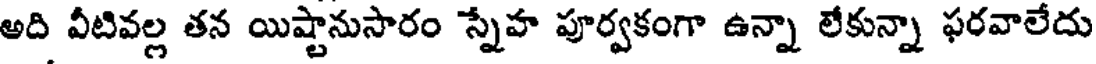
అది వీటివల్ల తన యిష్టానుసారం స్నేహ పూర్వకంగా ఉన్నా లేకున్నా ఫరవాలేదు